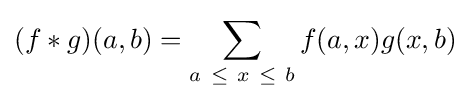
(f*g)(a,b)=\sum _{a~\leq ~x~\leq ~b}f(a,x)g(x,b)